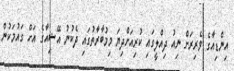
އިންޑިއާގެ ވެރިރަށް ނިއު ދިއްލީގައި ކުރިއަށްދިޔަ މިމުބާރާތުގައި ދެކުނު އޭޝިއާގެ އަށް ގައުމަކުން